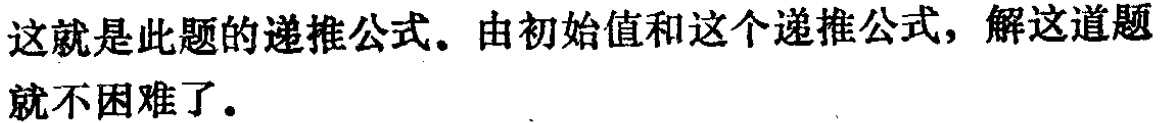
这就是此题的递推公式。由初始值和这个递推公式，解这道题就不困难了。